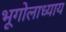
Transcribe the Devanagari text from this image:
भूगोलाध्याय